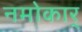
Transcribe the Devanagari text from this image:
नमोकार्